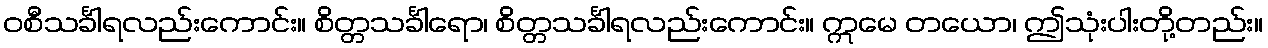
ဝစီသင်္ခါရလည်းကောင်း။ စိတ္တသင်္ခါရော၊ စိတ္တသင်္ခါရလည်းကောင်း။ ဣမေ တယော၊ ဤသုံးပါးတို့တည်း။